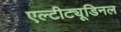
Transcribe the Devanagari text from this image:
एल्‍टीट्यूडिनल